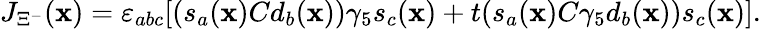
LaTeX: J_{\Xi^{-}}(\mathbf{x})=\varepsilon_{abc}[(s_{a}(\mathbf{x})Cd_{b}(\mathbf{x}))\gamma_{5}s_{c}(\mathbf{x})+t(s_{a}(\mathbf{x})C\gamma_{5}d_{b}(\mathbf{x}))s_{c}(\mathbf{x})].